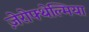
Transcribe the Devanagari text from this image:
ज़ेरोफ्थेल्मिया